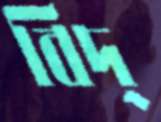
বিদ্